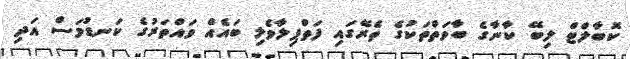
ކޮބާލްޓް ލިބޭ ކާނާގެ ބާވަތްތަކުގެ ތެރޭގައި ފަތްޕިލާވެލި ބައެއް ވައްތަރުގެ ކަނޑުމަސް އަދި